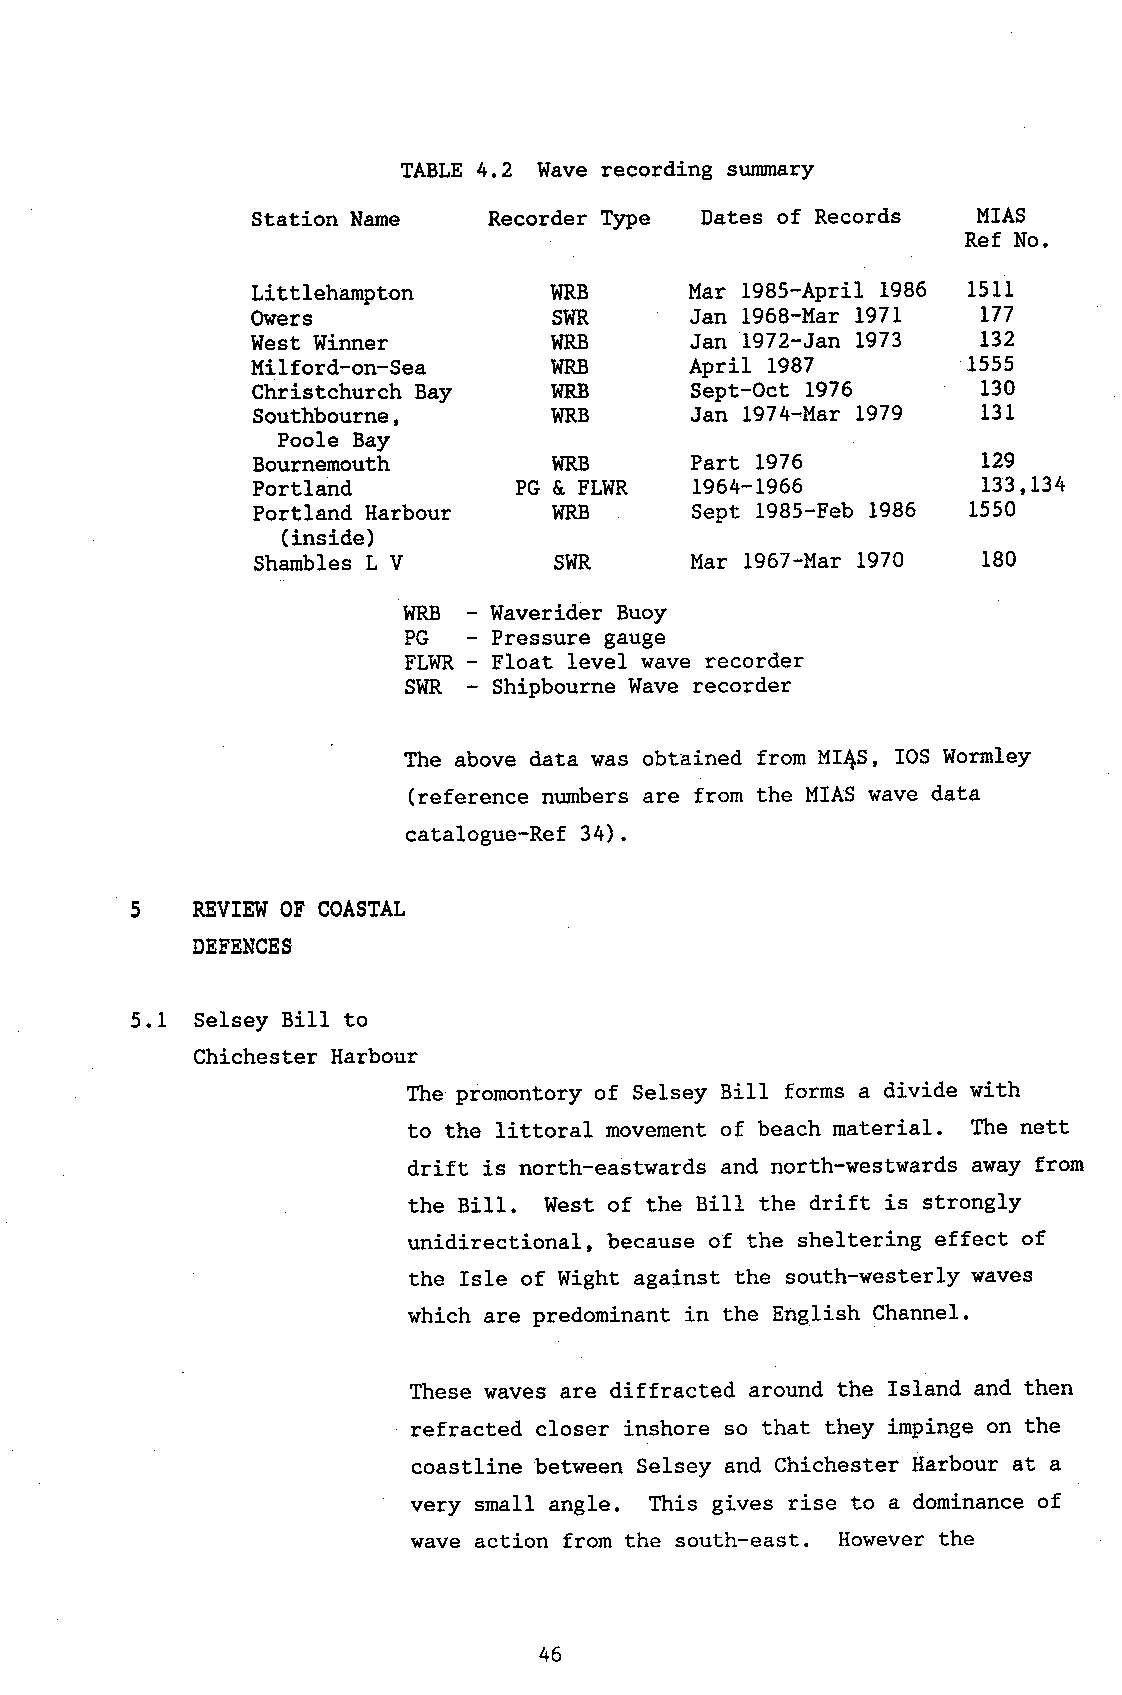
TABLE 4.2 Wave recording sumnary
 Station Name   Recorder Type Dates of Records   MIAS
 Ref No.
 Littlehampton      WRB       Mar 1985-APril 1986 1511
 Owers               SWR      Jan l968-Mar 1971  L77
 West Winner         WRB      Jan 1972-Jan L973  132
 Milford-on-Sea      WRB      April 1987        1555
 Christchurch Bay    WRB      Sept-Oct 1976      130
 Southbourne,        WRB      Jan 1974-Mar 1979  131
 Poole Bay
 Bournemouth         WRB      Part 1976          L29
 Portland         PG &, FLWR  1964-1966          133,134
 Portland Harbour    WRB      Sept l985-Feb 1986 1550
 (inside)
 Shambles L V        SWR      Mar 1967-Mar 1970  180
 WRB   Waverider Buoy
 PG    Pressure gauge
 FIWR - Float level wave recorder
 swR   Shipbourne Wave recorder
 The above data was obtained from MI{S, IOS Wormley
 (reference numbers are from the MIAS wave data
 catalogue-Ref 34).
 REVIEWO F COASTAL
 DEFENCES
 5.1 Se1sey Bill to
 Chichester Harbour
 The promontory of Selsey Bill forms a divide with
 to the littoral movement of beach material. The nett
 drift is north-eastwards and north-westwards away from
 the BilI. West of the Bill the drift is strongly
 unidirectional, because of the sheltering effect of
 the IsIe of Wight against the south-westerly waves
 which are predominant in the English Channel.
 These \raves are diffracted around the Island and then
 refracted closer inshore so that they impinge on the
 coastline between Selsey and Chichester Harbour at a
 very small ang1e. This gives rise to a dominance of
 wave action from the south-east. However the
 46